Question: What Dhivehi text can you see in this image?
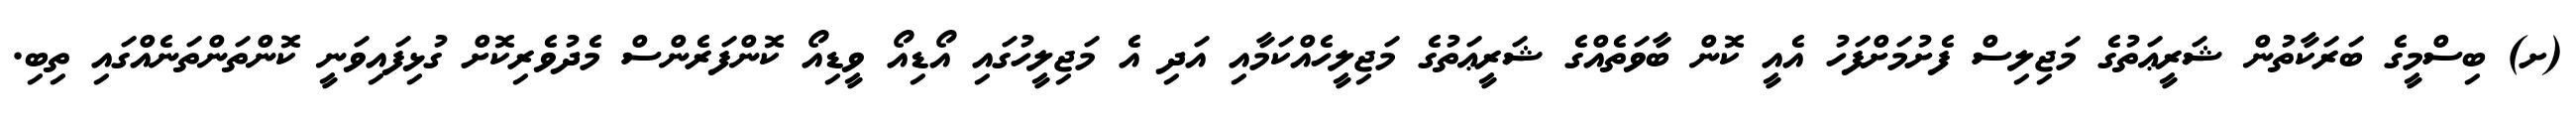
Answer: (ށ) ބިސްމީގެ ބަރަކާތުން ޝަރީޢަތުގެ މަޖިލިސް ފެށުމަށްފަހު އެއީ ކޮން ބާވަތެއްގެ ޝަރީޢަތުގެ މަޖިލީހެއްކަމާއި އަދި އެ މަޖިލީހުގައި އޯޑިއޯ ވީޑިއޯ ކޮންފަރެންސް މެދުވެރިކޮށް ގުޅިފައިވަނީ ކޮންތަންތަނެއްގައި ތިބި.